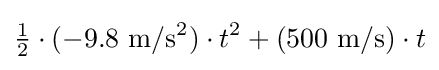
{\tfrac {1}{2}}\cdot (\mathrm {-9.8~m/s^{2}} )\cdot t^{2}+(\mathrm {500~m/s} )\cdot t